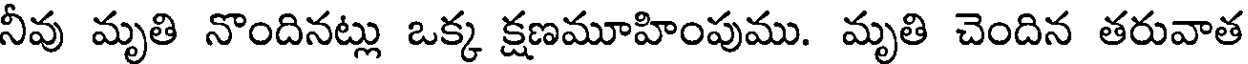
నీవు మృతి నొందినట్లు ఒక్క క్షణమూహింపుము. మృతి చెందిన తరువాత